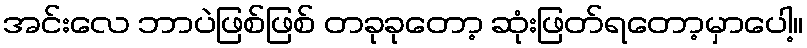
အင်းလေ ဘာပဲဖြစ်ဖြစ် တခုခုတော့ ဆုံးဖြတ်ရတော့မှာပေါ့။